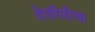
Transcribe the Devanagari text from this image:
हेरगिरीचा